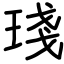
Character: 琖